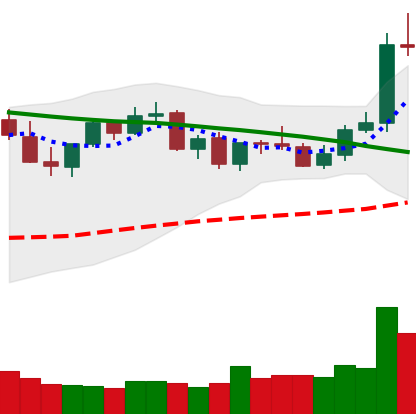
Ticker: LTC-USD
Chart end date: 2021-09-04
Forward return: -15.06%
Label: down_7plus